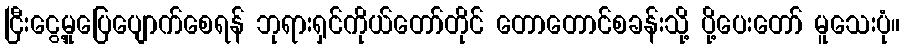
ငြီးငွေ့မှုပြေပျောက်စေရန် ဘုရားရှင်ကိုယ်တော်တိုင် တောတောင်စခန်းသို့ ပို့ပေးတော် မူသေးပုံ။